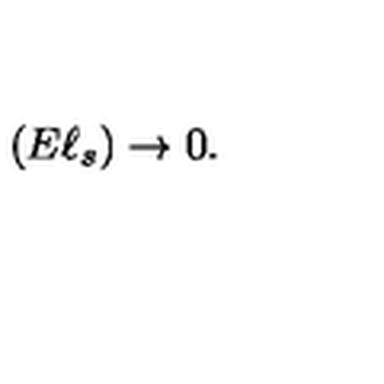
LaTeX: ( E \ell _ { s } ) \rightarrow 0 .